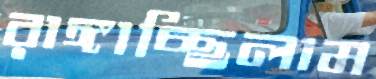
রাঙ্গাচ্ছিলাম